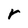
Character: r